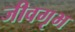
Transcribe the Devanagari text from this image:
जीवगृभ